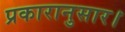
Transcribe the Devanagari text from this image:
प्रकारानुसार।